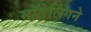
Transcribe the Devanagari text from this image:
मॉडेलिंगने